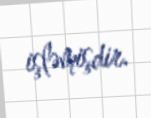
işləmişdir.